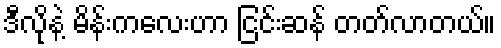
ဒီလိုနဲ့ မိန်းကလေးဟာ ငြင်းဆန် တတ်လာတယ်။